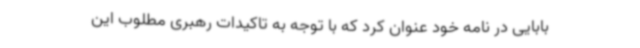
بابایی در نامه خود عنوان کرد که با توجه به تاکیدات رهبری مطلوب این